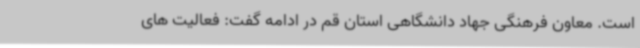
است. معاون فرهنگی جهاد دانشگاهی استان قم در ادامه گفت: فعالیت های